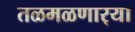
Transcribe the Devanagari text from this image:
तळमळणार्‍या